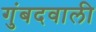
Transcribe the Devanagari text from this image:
गुंबदवाली